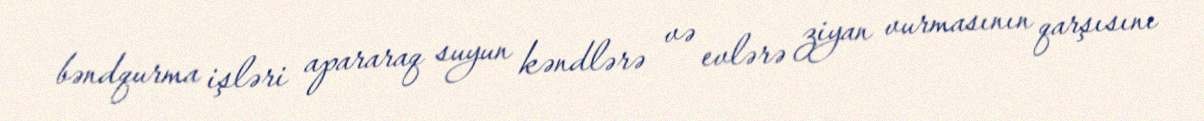
bəndqurma işləri apararaq suyun kəndlərə və evlərə ziyan vurmasının qarşısını